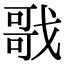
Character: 戨